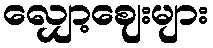
လျှော့ဈေးများ